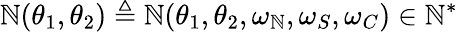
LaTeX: \mathbb{N}(\theta_{1},\theta_{2})\triangleq\mathbb{N}(\theta_{1},\theta_{2},\omega_{\mathbb{N}},\omega_{S},\omega_{C})\in\mathbb{{\mathbb{N}}}^{*}